Report on the working of the Ranchi Indian Mental Hospital, Kanke, in Bihar and Orissa - 1930-1940
Year: 1930
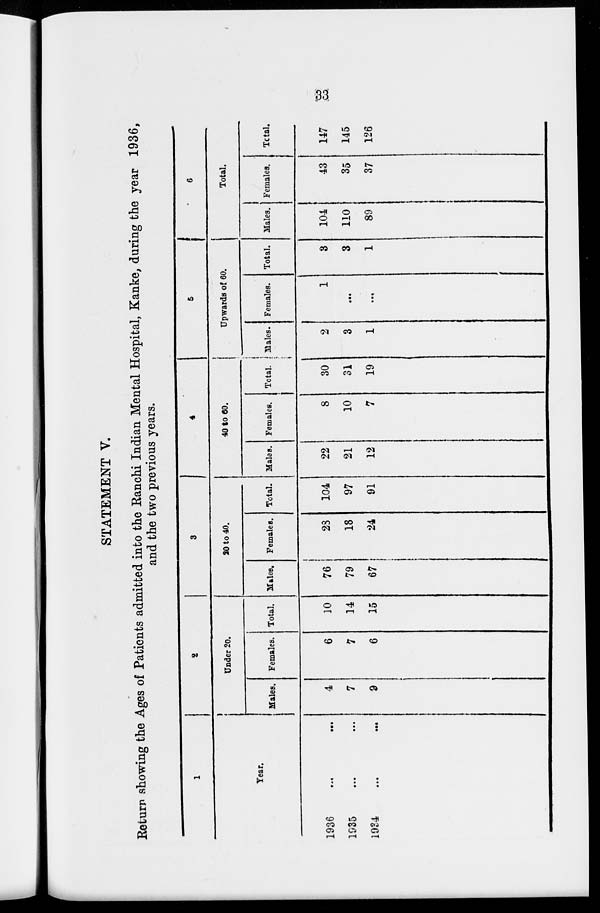
33
STATEMENT V.
Return showing the Ages of Patients admitted into the Ranchi Indian Mental Hospital, Kanke, during the year 1936,
and the two previous years.
1
Year.
1936 ... ...
1935 ... ...
1934 ... ...
2
Under 20.
Males.
4
7
9
Females.
6
7
6
Total.
10
14
15
3
20 to 40.
Males.
76
79
67
Females.
23
18
24
Total.
104
97
91
4
40 to 60.
Males.
22
21
12
Females.
8
10
7
Total.
30
31
19
5
Upwards of 60.
Males.
2
3
1
Females.
1
...
...
Total.
3
3
1
6
Total.
Males.
104
110
89
Females.
43
35
37
Total.
147
145
126